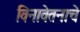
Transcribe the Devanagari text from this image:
विनावेतनाचे